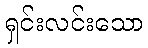
ရှင်းလင်းသော